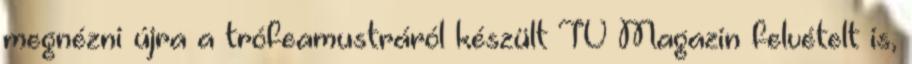
megnézni újra a trófeamustráról készült TV Magazin felvételt is,